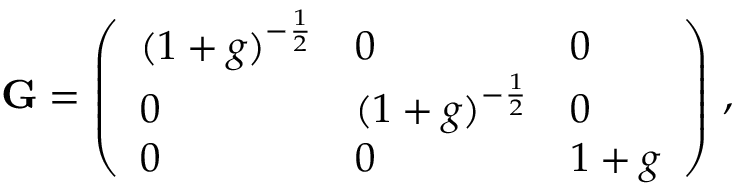
\mathbf { G } = \left( \begin{array} { l l l } { ( 1 + g ) ^ { - \frac { 1 } { 2 } } } & { 0 } & { 0 } \\ { 0 } & { ( 1 + g ) ^ { - \frac { 1 } { 2 } } } & { 0 } \\ { 0 } & { 0 } & { 1 + g } \end{array} \right) \, ,